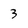
Character: 3